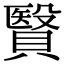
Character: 贀